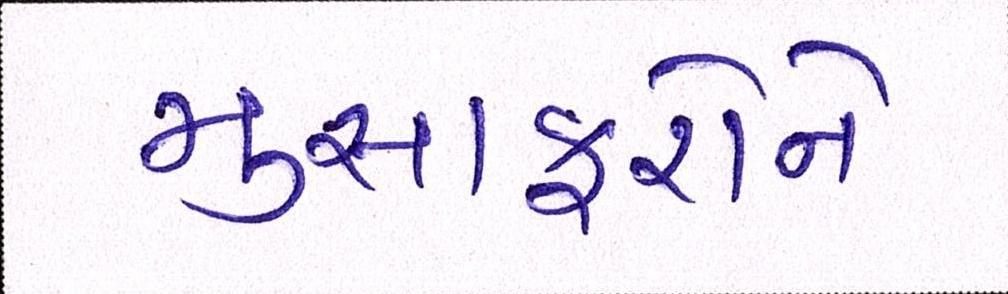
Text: મુસાફરોને